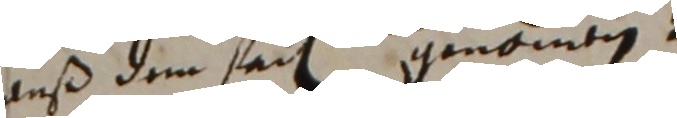
auß dem feden genommen.